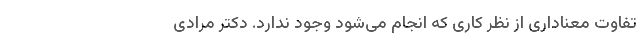
تفاوت معناداری از نظر کاری که انجام می‌شود وجود ندارد. دکتر مرادی